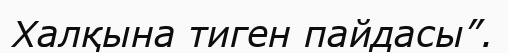
Халқына тиген пайдасы”.